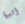
أليها